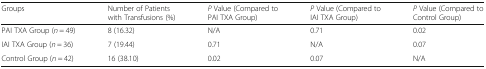
| Groups | Number of Patients with Transfusions (%) | P Value (Compared to PAI TXA Group) | P Value (Compared to IAI TXA Group) | P Value (Compared to Control Group) |
 | --- | --- | --- | --- | --- |
 | PAI TXA Group (n = 49) | 8 (16.32) | N/A | 0.71 | 0.02 |
 | IAI TXA Group (n = 36) | 7 (19.44) | 0.71 | N/A | 0.07 |
 | Control Group (n = 42) | 16 (38.10) | 0.02 | 0.07 | N/A |